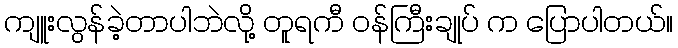
ကျူးလွန်ခဲ့တာပါဘဲလို့ တူရကီ ဝန်ကြီးချုပ် က ပြောပါတယ်။